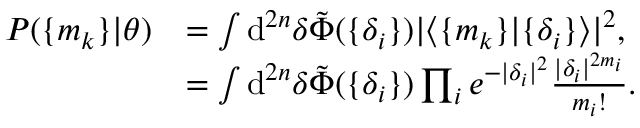
\begin{array} { r l } { P ( \{ m _ { k } \} | \boldsymbol { \theta } ) } & { = \int \mathrm { d } ^ { 2 n } { \delta } \tilde { \Phi } ( \{ \delta _ { i } \} ) | \langle \{ m _ { k } \} | \{ \delta _ { i } \} \rangle | ^ { 2 } , } \\ & { = \int \mathrm { d } ^ { 2 n } { \delta } \tilde { \Phi } ( \{ \delta _ { i } \} ) \prod _ { i } e ^ { - | \delta _ { i } | ^ { 2 } } \frac { | \delta _ { i } | ^ { 2 m _ { i } } } { m _ { i } ! } . } \end{array}